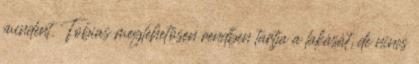
mindent. Tobias meglehetősen rendben tartja a lakását, de nincs